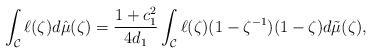
LaTeX: \begin{align*} \int_\mathcal{C} \ell(\zeta)d \hat{\mu}(\zeta) = \frac{1+c_1^2}{4d_1} \int_\mathcal{C} \ell(\zeta) (1-\zeta^{-1})(1-\zeta) d \tilde{\mu}(\zeta),\end{align*}